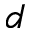
d